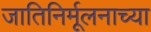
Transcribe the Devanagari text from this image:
जातिनिर्मूलनाच्या